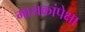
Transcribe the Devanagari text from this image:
गायकांपेक्षा